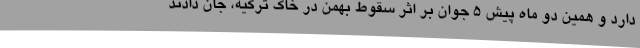
دارد و همین دو ماه پیش 5 جوان بر اثر سقوط بهمن در خاک ترکیه، جان دادند